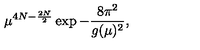
\mu ^ { 4 N - \frac { 2 N } { 2 } } \exp - \frac { 8 \pi ^ { 2 } } { g ( \mu ) ^ { 2 } } ,